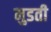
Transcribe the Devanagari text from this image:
मुडती